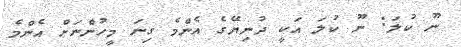
ނޫ ކުލަ: ނޫ ކުލަ އަކީ ދުނިޔޭގެ އެންމެ ގިނަ މީހުންނަށް އެންމެ